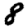
Digit: 8